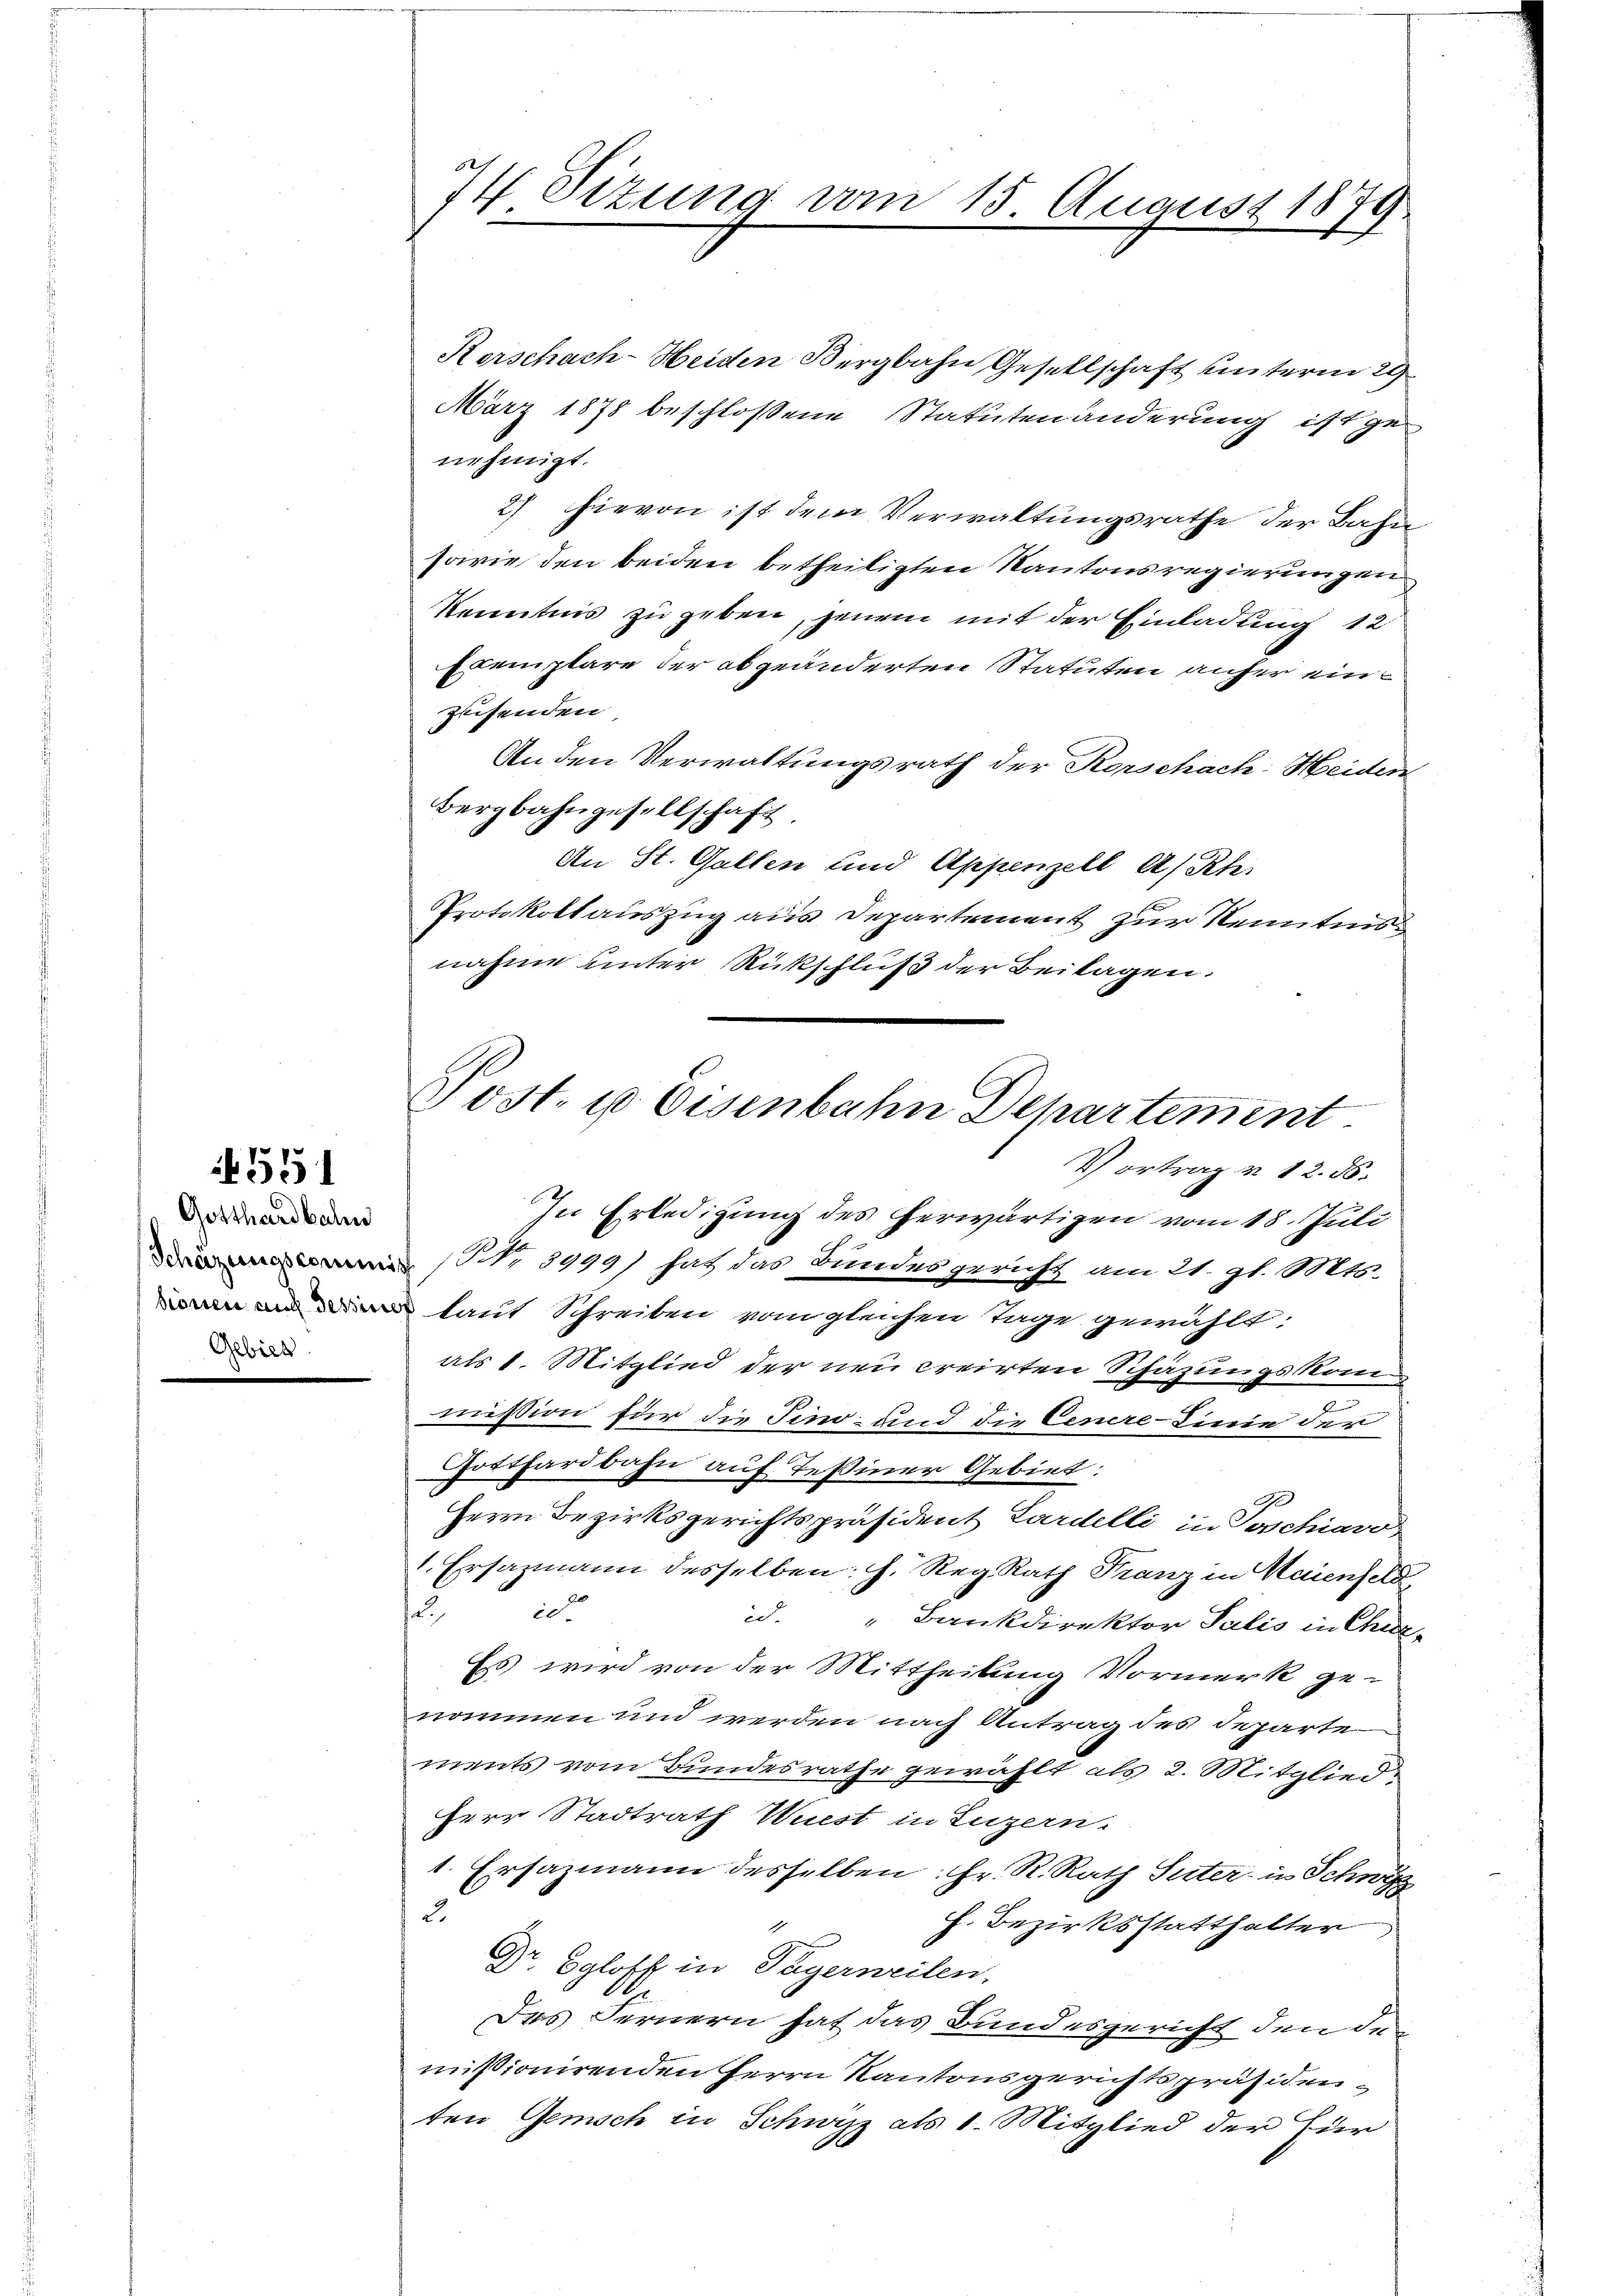
551

Gotthardbahn
Be

74 Sizung vom 15. August 1879.

Kerschach-Heiden Bergbahn Gesellschaft unterm 29
März 1878 beschlossene Statutenänderung ist genehmigt.
2) Hievon ist dem Verwaltungsrathe der Bahn
sowie den beiden betheiligten Kantonsregierungen
Kenntnis zu geben, jenem mit der Einladung 12
Exemplare der abgeänderten Statuten anher einzesenden
An den Verwaltungsrath der Rorschach Heiden
Bergbahngesellschaft
An St. Gallen und Appenzell A/Rh.
Protokollauszug aus Departement zur Kenntnis
nahme unter Rückschluß der Beilagen.

In Erledigung des herwärtigen vom 18. Juli
 NNo. 3999) hat das Bundesgericht am 21. gl. Mts.
n und laut Schreiben vom gleichen Tage gewählt:
als 1. Mitglied der neu creirten Schäzungskomm
e
mission für die Tino, und die Genere Linie der
Gotthardbahn auf Teßiner Gebiet:
Herrn Bezirksgerichtspräsident Lardelli, in Poschiavo,
1. Ersazmann desselben h. Reg. Rath Franz in Maienfeld
2
d. " Bankdirektor Salis in Chur-
Es wird von der Mittheilung Vormerk ge-
nommen und werden nach Antrag des Departe
ments vom Bundesrathe gewählt als 2. Mitglied
Herr Stadtrath Wiest in Luzern.
1. Ersazmann desselben: Hr. R. Rath Suter u Schwyz
2.
h. Bezirksstatthalter
1
Dr. Egloff in Tägerweilen.
Das Fernern hat das Bundesgericht den den
missionirenden Herrn Kantonsgerichtspräsidenten Gemisch in Schwyz als 1. Mitglied der Für

Post- u Eisenbahn Departement
Vortrag v. 12. d.